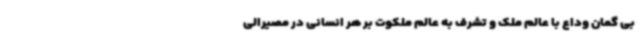
بی گمان وداع با عالم ملک و تشرف به عالم ملکوت بر هر انسانی در مصیرالی